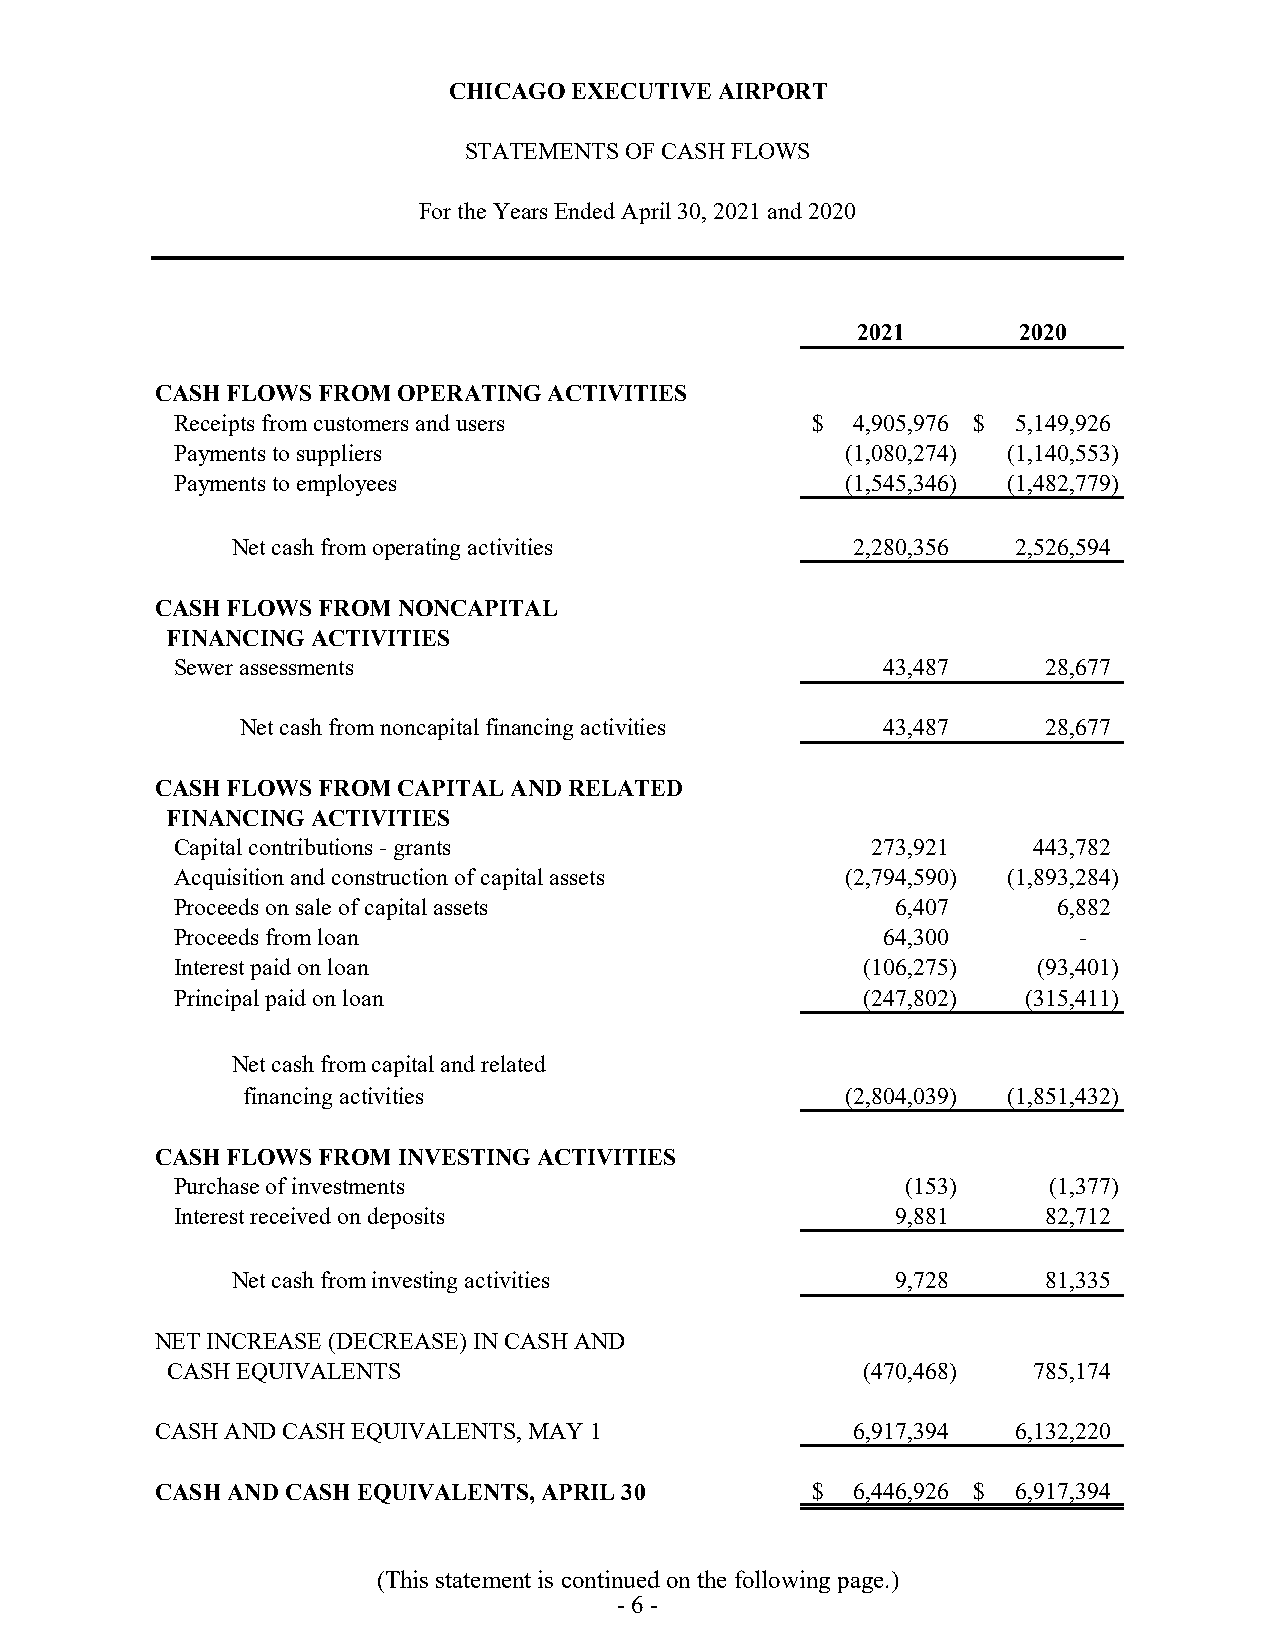
CHICAGO EXECUTIVE AIRPORT
 STATEMENTS OF CASH FLOWS
 For the Years Ended April 30, 2021 and 2020
 2021      2020
 CASH FLOWS FROM OPERATING ACTIVITIES
 Receipts from customers and users         $  4 ,905,976 $ 5 ,149,926
 Payments to suppliers                       (1,080,274) (1,140,553)
 Payments to employees                       (1,545,346) (1,482,779)
 Net cash from operating activities        2 ,280,356 2 ,526,594
 CASH FLOWS FROM NONCAPITAL
 FINANCING ACTIVITIES
 Sewer assessments                             4 3,487    2 8,677
 Net cash from noncapital financing activities 4 3,487 2 8,677
 CASH FLOWS FROM CAPITAL AND RELATED
 FINANCING ACTIVITIES
 Capital contributions - grants                2 73,921  4 43,782
 Acquisition and construction of capital assets (2,794,590) (1,893,284)
 Proceeds on sale of capital assets             6 ,407     6 ,882
 Proceeds from loan                            6 4,300      -
 Interest paid on loan                        (106,275)   (93,401)
 Principal paid on loan                       (247,802)  (315,411)
 Net cash from capital and related
 financing activities                    (2,804,039) (1,851,432)
 CASH FLOWS FROM INVESTING ACTIVITIES
 Purchase of investments                         (153)    (1,377)
 Interest received on deposits                  9 ,881    8 2,712
 Net cash from investing activities          9 ,728    8 1,335
 NET INCREASE (DECREASE) IN CASH AND
 CASH EQUIVALENTS                              (470,468)  7 85,174
 CASH AND CASH EQUIVALENTS, MAY 1               6 ,917,394 6 ,132,220
 CASH AND CASH EQUIVALENTS, APRIL 30         $  6 ,446,926 $ 6 ,917,394
 (This statement is continued on the following page.)
 - 6 -